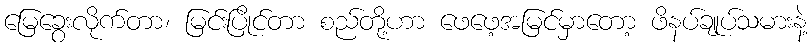
မြေခွေးလိုက်တာ၊ မြင်းပြိုင်တာ စည်တို့ဟာ ဖေဖေ့အမြင်မှာတော့ ဖိနပ်ချုပ်သမားနဲ့